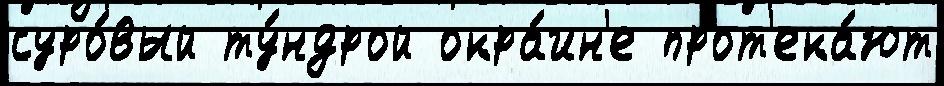
суро́вый ту́ндрой окра́ин'е прот'ека́ют